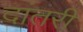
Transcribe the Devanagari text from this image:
दांतरी